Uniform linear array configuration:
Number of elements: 24
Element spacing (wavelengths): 0.5
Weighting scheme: binomial
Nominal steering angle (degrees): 15
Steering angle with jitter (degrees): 14.218
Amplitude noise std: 0.05
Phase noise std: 0.05

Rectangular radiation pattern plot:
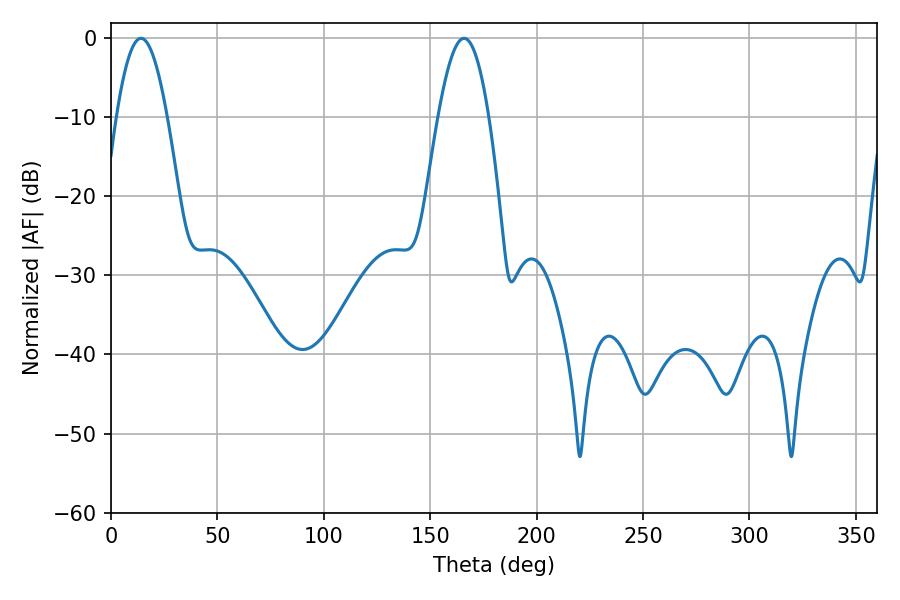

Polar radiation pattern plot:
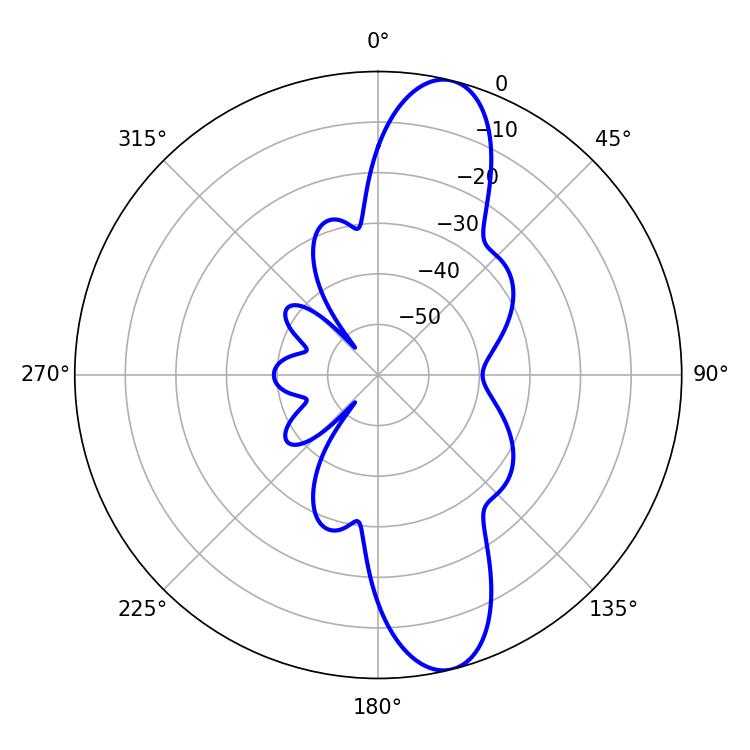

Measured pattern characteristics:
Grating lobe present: FALSE
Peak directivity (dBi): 12.158
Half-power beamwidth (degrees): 12.96
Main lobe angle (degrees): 14.04